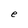
Character: e